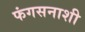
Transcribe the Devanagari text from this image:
फंगसनाशी